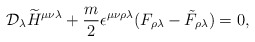
\begin{align*}{\cal D}_\lambda\widetilde H^{\mu\nu\lambda} + {m\over 2}\epsilon^{\mu\nu\rho\lambda} (F_{\rho\lambda} - \tilde F_{\rho\lambda})= 0,\end{align*}